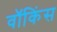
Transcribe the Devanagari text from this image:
वॉकिंस